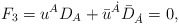
\begin{align*} F_3 = {u}^{A} D_{A} + {\bar{u}}^{\dot{A}} {\bar{D}}_{\dot{A}}= 0,\end{align*}